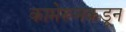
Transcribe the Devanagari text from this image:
कामेरूनकडून